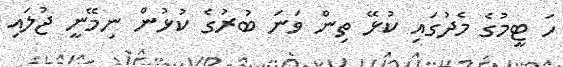
ހަ ޓީމުގެ މެދުގައި ކުޅޭ ތިން ވަނަ ބުރުގެ ކުޅުން ނިމޭނީ ޖުލައި